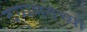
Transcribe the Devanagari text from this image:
दुय्यमतेच्या